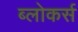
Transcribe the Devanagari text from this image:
ब्लोकर्स